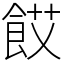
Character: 餀